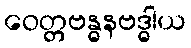
ဝေတ္တဗန္ဓနဗဒ္ဓါယ